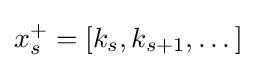
x_{s}^{+}=\left[k_{s},k_{s+1},\dots \right]